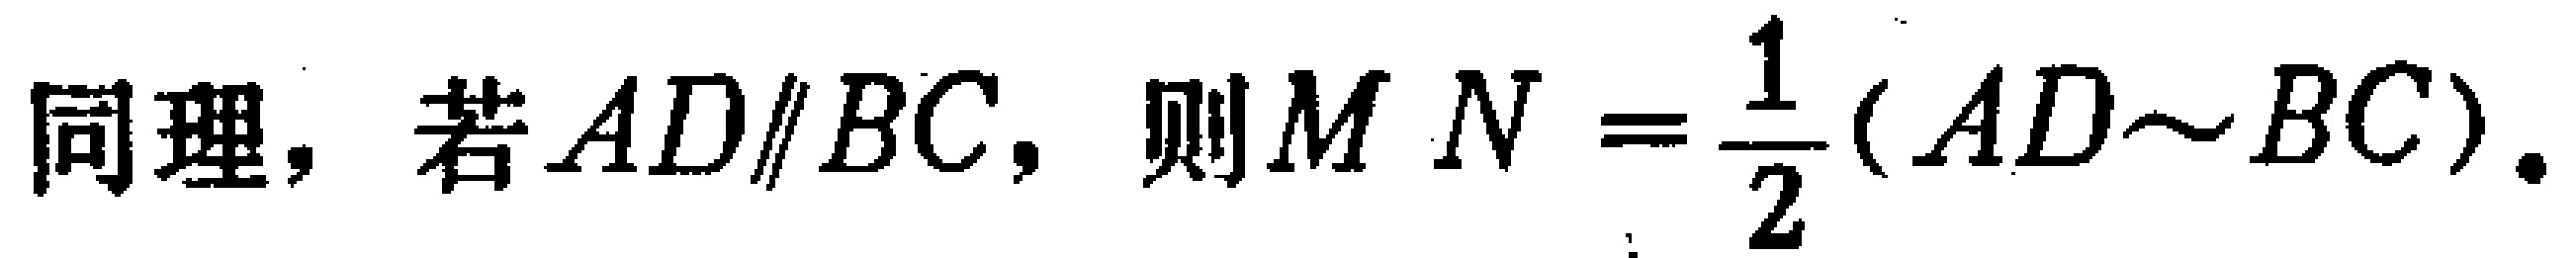
同理，若\(AD\parallel BC\)，则\(MN = \frac{1}{2}(AD\sim BC)\)。